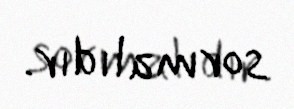
sormalıdır.